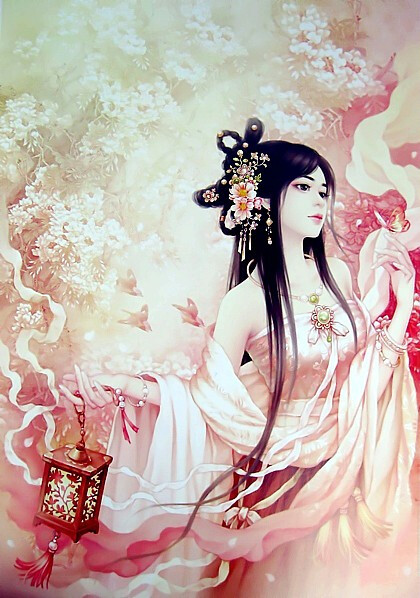
奴为出来难，教君恣意怜。